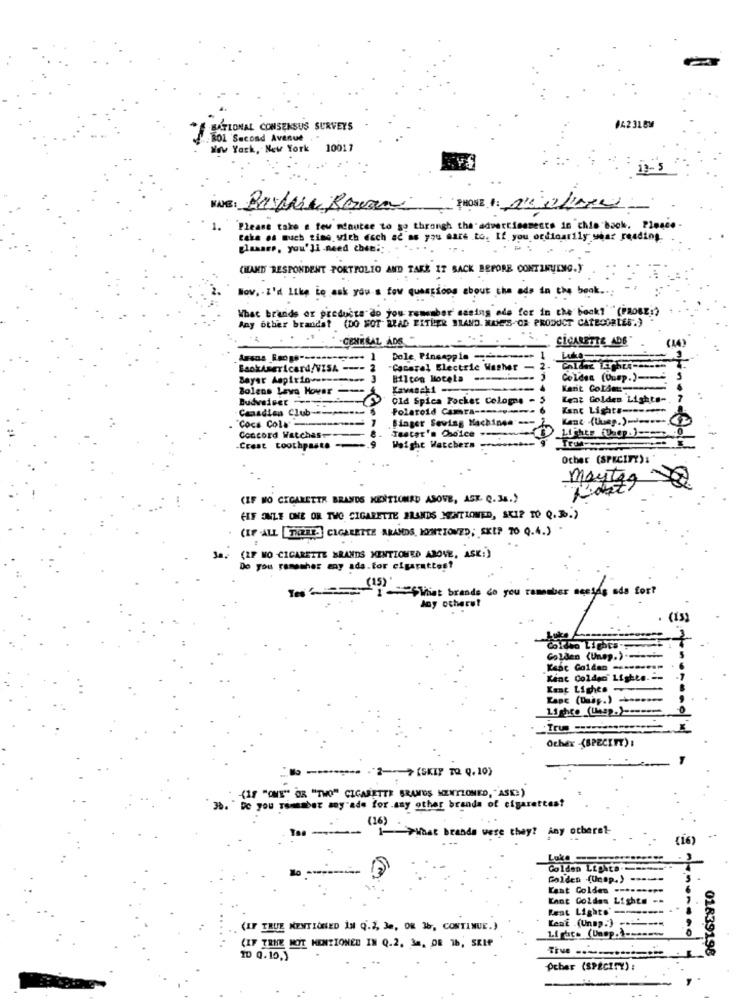
*SATIONAL CONSENSUS SURVEYS
142316M
.. BO1 Second Avenue
New York, New York 10017
INE: Patrik Rowan PHONE I: NEWhow
1.
Please take a few minutes to go through the advertisements in chie back. Pleace
taka os much time with esch ac as you care to. If you ordinarily waar reading.
glasses, you'll need chee :: . ..
(HEARTS RESPONDENT PORTFOLIO AND TAKE IT BACK BEFORE CONTINUING.
Nov, I'd Like to ask you a few questions about the ads in the book ...
What brands or products do you remember seeing ads for in the back?"(PROBE)
Any other brandst (DO NOT READ EITHER BLAND. MAMPS-OR PRODUCT CATBOORLEG.)
. .
CIGARETTE ADE"
-GENERAL ADS
Dole, Pineapple ---------
BaokAmericard/VISA ----
"Cacerel Electric Washer
-2
Bayar Aspirin --*
Bilcon Hotela ------- j
Golden (Dump.) --
Bolens Leva Hover --
Karit Colde-
Budweiser-
Old Spica Pocket Cologne -
Lent Golden Lights-
Canadian Club-
Polaroid Camera ----
Kant Lights -----
"Coca Cola-
.Binger Sewing Machines'=>
Kant (Unep.) 2
Teater's Choice .w.
Concord Watches ---
Crest toothpaste
Weight Watchers
gelinen- Cola
Ocher (SPECIFY):
maytea
(IF NO CIGARETTE BRANDS KIDITIONED ABOVE, AST. Q. 3S.)
CIF ONLE ONE OR TWO CIGARETTE BRANDS MENTIONED, SKIP TO Q.B.)
(IF ALL THERE] CIGARETTE ARANDS, KYNTIONED; SKIP 70 Q.4.)
(IF NO CIGARETTE GRANDS MENTIONED ABOVE, ASK:)
Do you remember may ada.tor cigarettes?
- I - What brands do you remember aceins ads for?
Joy otheret
(13)
Golden (Unep.) -------
Keac Goldan
Kant Coldeci Lights .==
Kent Lights .
KapE (Unip.) -
Tru ----
Ochex -(SPECIFY) :
No ******* - 2-(SKIP TO Q. 10)
(17 "ONE" OR "TWO" CIGARETTE SRAMUS NZWYZONED, "ASK:)
38. " Dc you remember soy'ade for any other brands of cigarettes?
1- >What brands were they? Any otherat-
(16)
Golden Lighta.
Golden (Unsp.) -----
Kant Golden --
Kant Golden Lights --
Rent Lights' --------- -
Lent (Unnp.) ------
(IF TRUE MENTIONED IN (.2, Je, OR 38, CONTINUE.)
no
(IF TRUE NOT MENTIONED IN Q.2. 34, OR 16, SKIP
01839198
TD Q.10.)
peber (SPECIFY) :